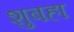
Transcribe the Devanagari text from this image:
शुबहा